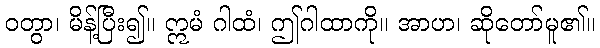
ဝတွာ၊ မိန့်ပြီး၍။ ဣမံ ဂါထံ၊ ဤဂါထာကို။ အာဟ၊ ဆိုတော်မူ၏။